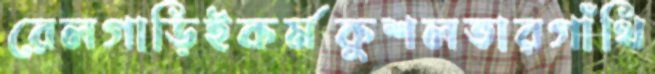
রেলগাড়িইকর্মকুশলতারগাঁথি